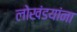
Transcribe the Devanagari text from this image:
लोखंडयांना